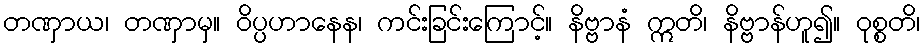
တဏှာယ၊ တဏှာမှ။ ဝိပ္ပဟာနေန၊ ကင်းခြင်းကြောင့်။ နိဗ္ဗာနံ ဣတိ၊ နိဗ္ဗာန်ဟူ၍။ ဝုစ္စတိ၊